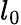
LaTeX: l_{0}